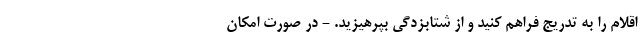
اقلام را به تدریج فراهم کنید و از شتابزدگی بپرهیزید. - در صورت امکان